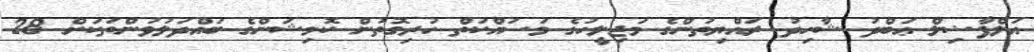
އަލްފާޟިލް ޢަބްދު ޝާހިދު ރައްޔިތުންގެ މަޖިލީހުގެ މަސައްކަތް ހުރިގޮތުން ކޮމިޝަންގެ ބައްދަލުވުންތަކަށް 28